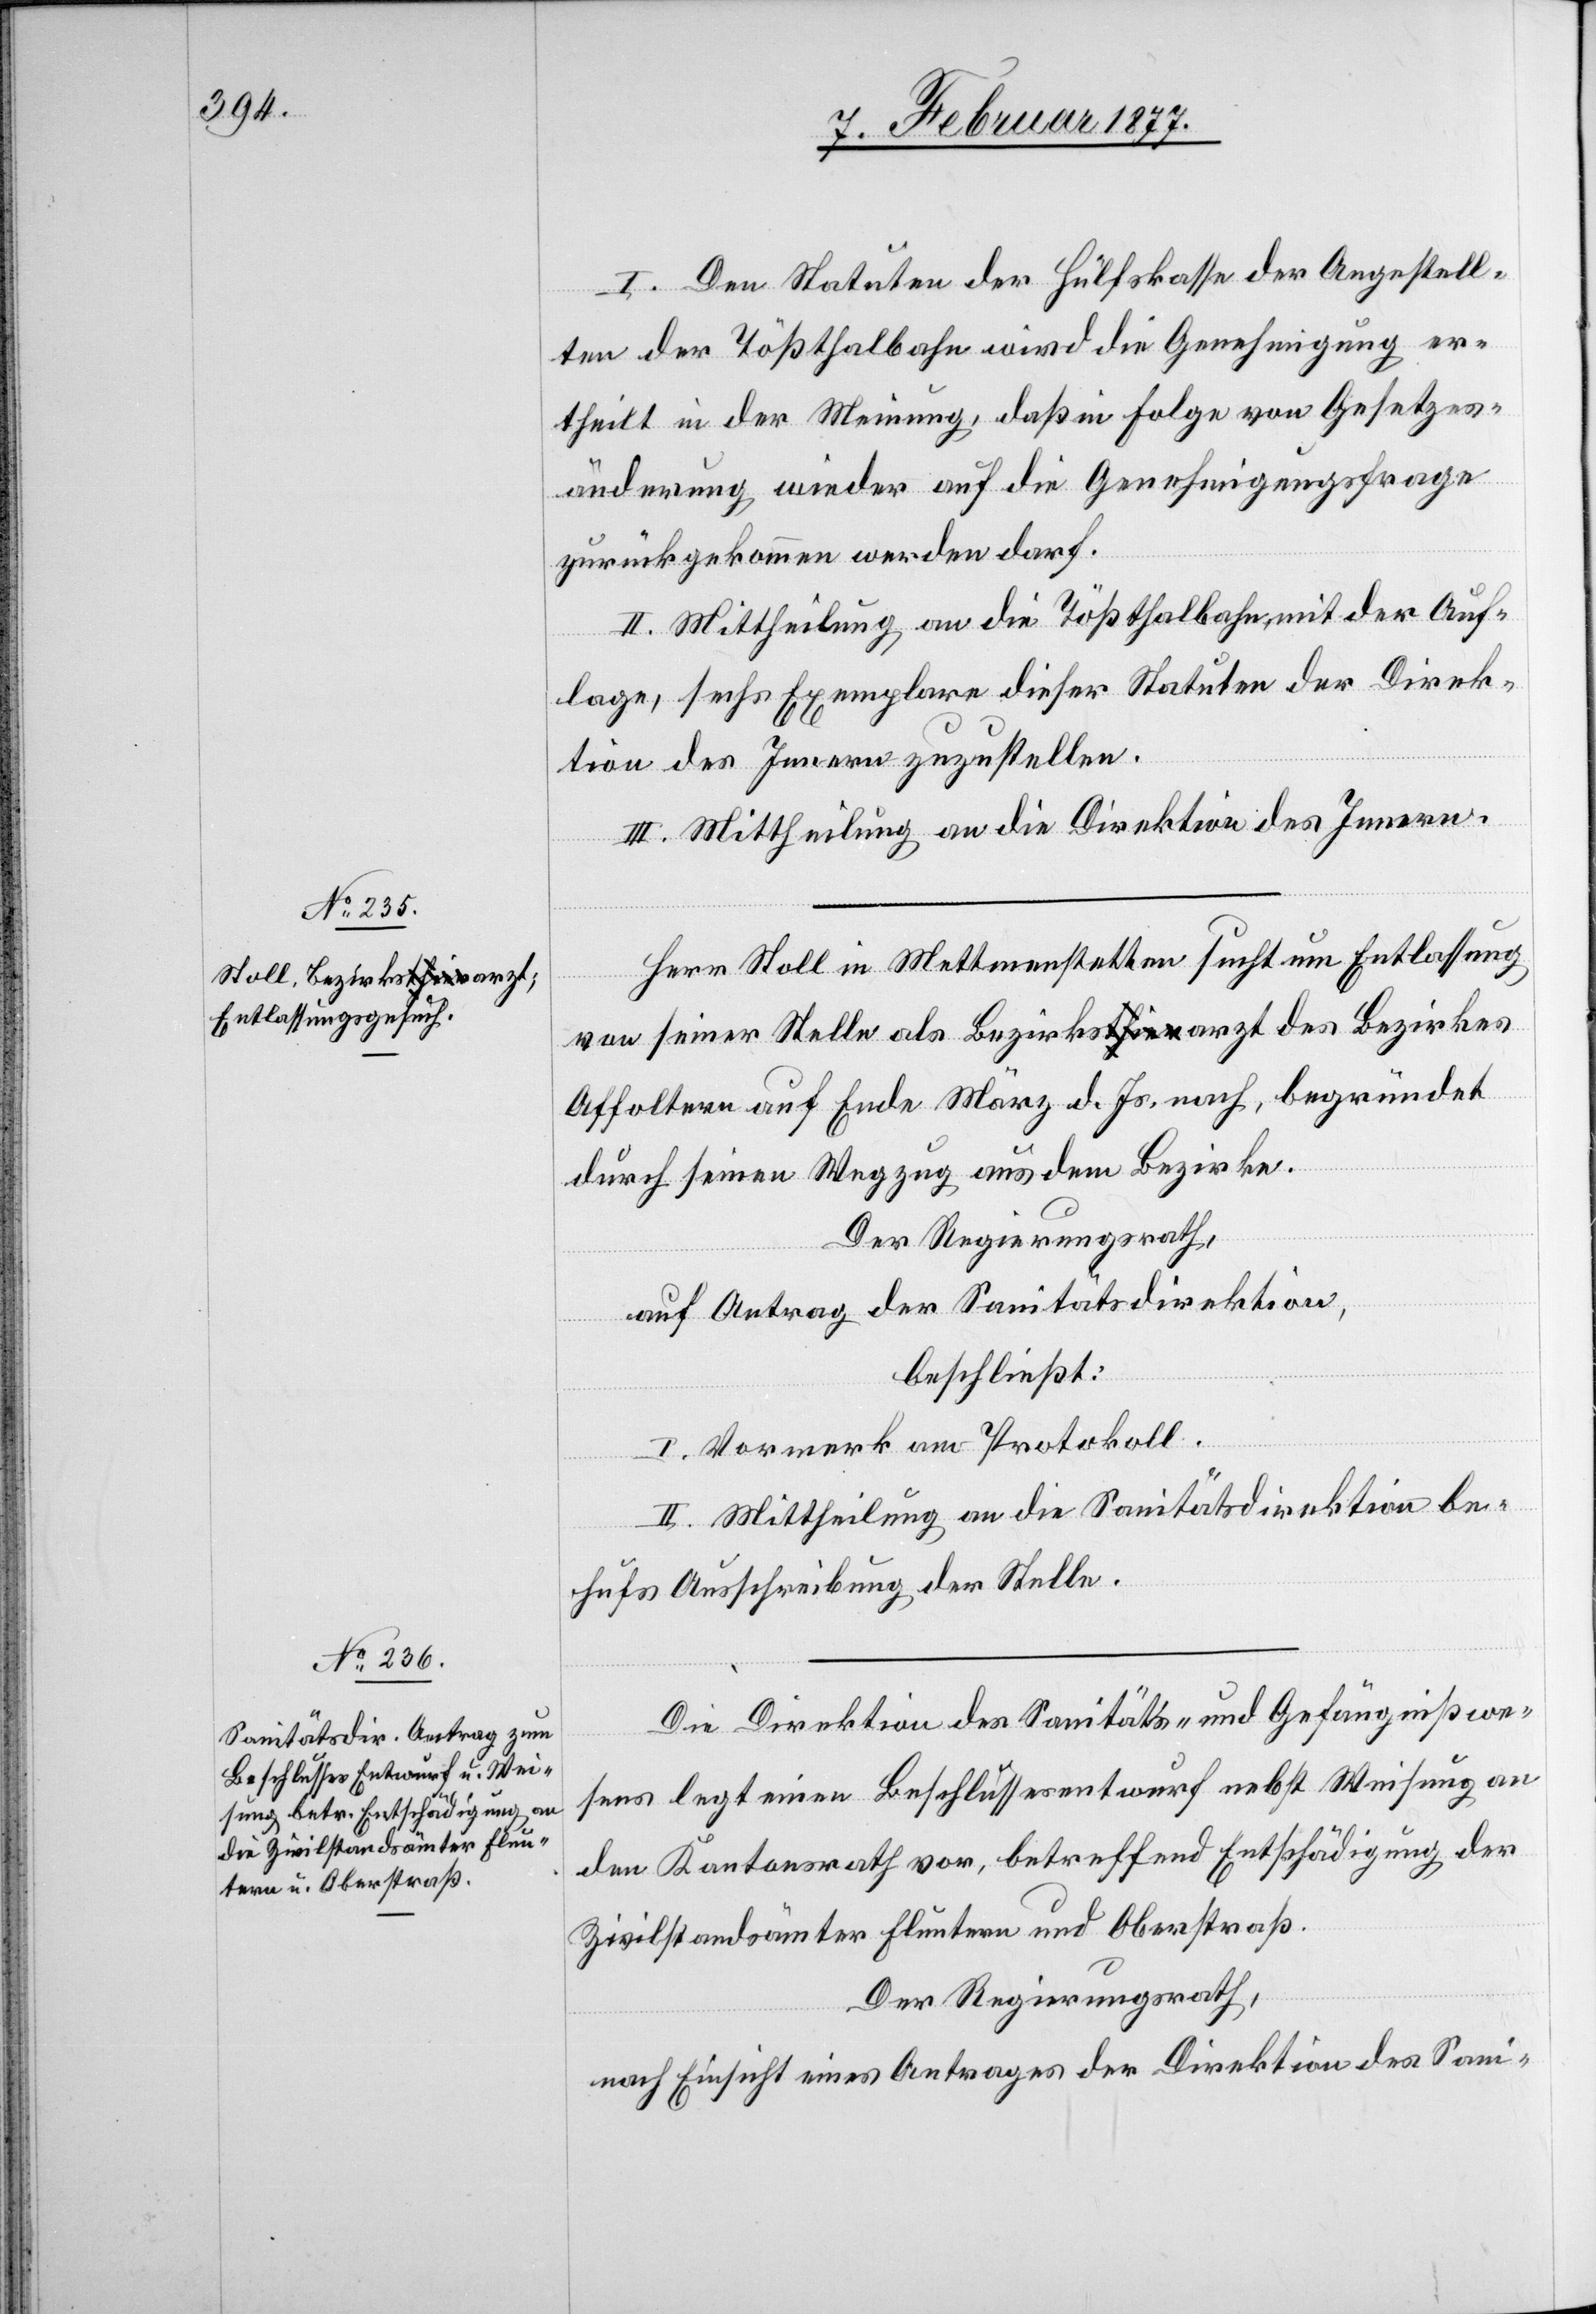
I. Den Statuten der Hülfskasse der Angestell¬
ten der Tößthalbahn wird die Genehmigung er¬
theilt in der Meinung, daß in Folge von Gesetzes¬
änderung wieder auf die Genehmigungsfrage
zurückgekommen werden darf.
II. Mittheilung an die Tößthalbahn, mit der Auf¬
lage, sechs Exemplare dieser Statuten der Direk¬
tion des Innern zuzustellen.
III. Mittheilung an die Direktion des Innern.
Herr Stoll in Mettmenstetten sucht um Entlassung
von seiner Stelle als Bezirksa-thier-aarzt des Bezirkes
Affoltern auf Ende März d. Js. nach, begründet
durch seinen Wegzug aus dem Bezirke.
Der Regierungsrath,
auf Antrag der Sanitätsdirektion,
beschließt:
I. Vormerk am Protokoll.
II. Mittheilung an die Sanitätsdirektion be¬
hufs Ausschreibung der Stelle.
Die Direktion des Sanitäts- und Gefängnißwe¬
sens legt einen Beschlussesentwurf nebst Weisung an
den Kantonsrath vor, betreffend Entschädigung der
Zivilstandsämter Fluntern und Oberstraß.
Der Regierungsrath,
nach Einsicht eines Antrages der Direktion des Sani-